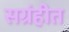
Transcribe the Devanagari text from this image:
सग्रंहीत